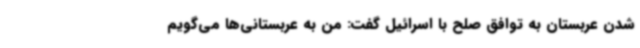
شدن عربستان به توافق صلح با اسرائیل گفت: من به عربستانی‌ها می‌گویم